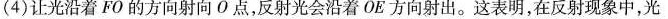
(4)让光沿着FO的方向射向О点，反射光会沿着OE方向射出。这表明，在反射现象中，光